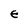
Character: E